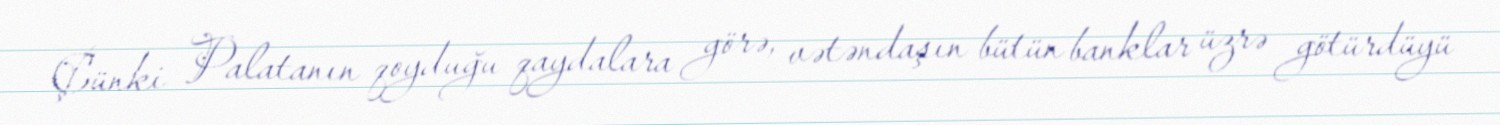
Çünki Palatanın qoyduğu qaydalara görə, vətəndaşın bütün banklar üzrə götürdüyü